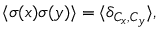
\langle \sigma ( x ) \sigma ( y ) \rangle = \langle \delta _ { C _ { x } , C _ { y } } \rangle , \protect